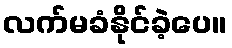
လက်မခံနိုင်ခဲ့ပေ။